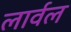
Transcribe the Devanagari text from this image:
लार्वल